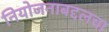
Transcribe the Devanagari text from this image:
नियोजनाबद्दलचा